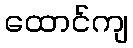
ထောင်ကျ